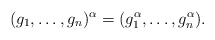
\begin{align*}(g_1,\dots,g_n)^\alpha = (g_1^\alpha, \dots, g_n^\alpha). \end{align*}